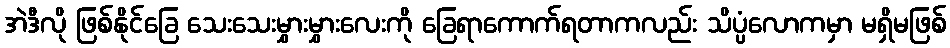
အဲဒီလို ဖြစ်နိုင်ခြေ သေးသေးမွှားမွှားလေးကို ခြေရာကောက်ရတာကလည်း သိပ္ပံလောကမှာ မရှိမဖြစ်